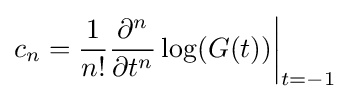
c_{n}={\frac {1}{n!}}{\frac {\partial ^{n}}{\partial t^{n}}}\log(G(t)){\bigg |}_{t=-1}